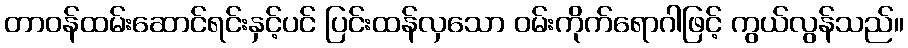
တာဝန်ထမ်းဆောင်ရင်းနှင့်ပင် ပြင်းထန်လှသော ဝမ်းကိုက်ရောဂါဖြင့် ကွယ်လွန်သည်။